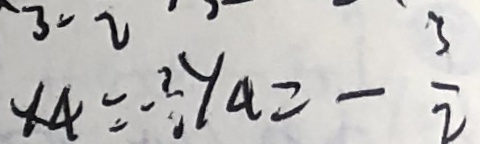
x _ { 4 } = - 3 y _ { 4 } = - \frac { 3 } { 2 }